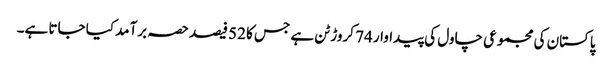
پاکستان کی مجموعی چاول کی پیداوار 74 کروڑ ٹن ہے جس کا 52 فیصد حصہ برآمد کیا جاتا ہے۔